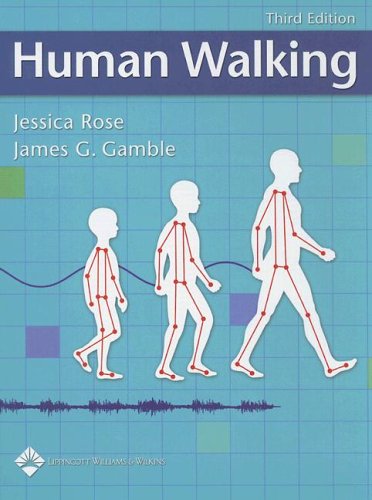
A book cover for Human Walking; Medical Books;